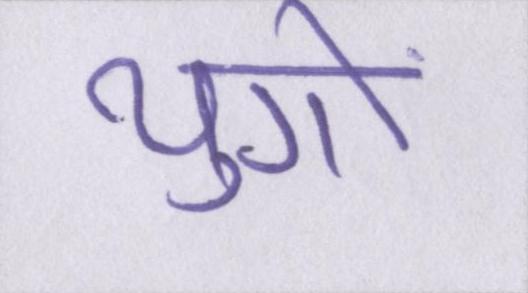
युगों